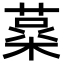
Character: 𮐪